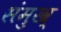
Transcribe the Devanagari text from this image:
संमुख्